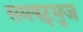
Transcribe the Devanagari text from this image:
समषट्भुज